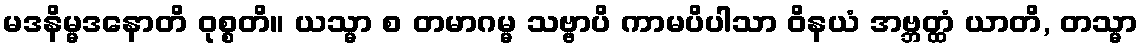
မဒနိမ္မဒနောတိ ဝုစ္စတိ။ ယသ္မာ စ တမာဂမ္မ သဗ္ဗာပိ ကာမပိပါသာ ဝိနယံ အဗ္ဘတ္ထံ ယာတိ, တသ္မာ